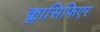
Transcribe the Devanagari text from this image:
क्लासिफिएर